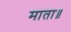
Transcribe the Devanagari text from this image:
माता॥